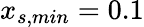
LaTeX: {x_{s,min}=0.1}